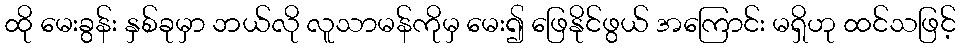
ထို မေးခွန်း နှစ်ခုမှာ ဘယ်လို လူသာမန်ကိုမှ မေး၍ ဖြေနိုင်ဖွယ် အကြောင်း မရှိဟု ထင်သဖြင့်